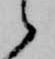
候